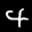
Label: 4